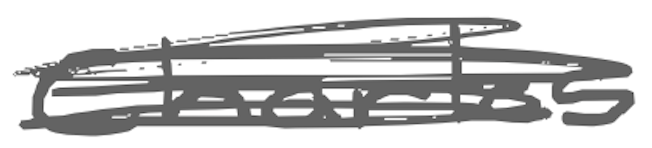
Text: Charles
Cross-out: scratch
Writing tool: digital_gray